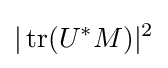
|\operatorname {tr} (U^{*}M)|^{2}